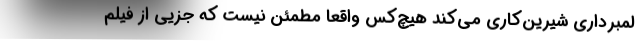
لمبرداری شیرین‌کاری می‌کند هیچ‌کس واقعا مطمئن نیست که جزیی از فیلم